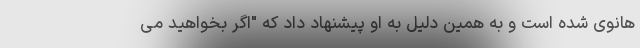
هانوی شده است و به همین دلیل به او پیشنهاد داد که "اگر بخواهید می